Vaccine operations Central Provinces 1868-1885 - 1868-1885
Year: 1868
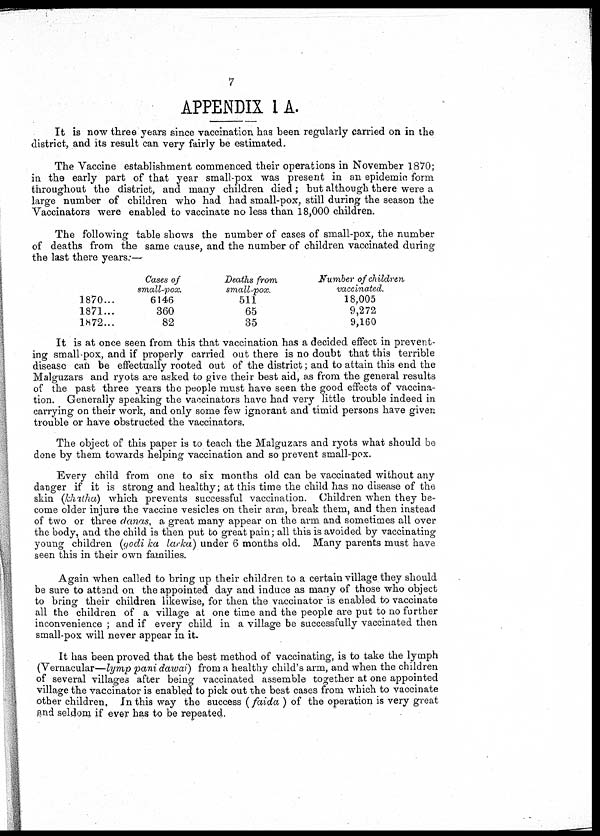
7
APPENDIX I A.
It is now three years since vaccination has been regularly carried on in the
district, and its result can very fairly be estimated.
The Vaccine establishment commenced their operations in November 1870;
in the early part of that year small-pox was present in an epidemic form
throughout the district, and many children died ; but although there were a
large number of children who had had small-pox, still during the season the
Vaccinators were enabled to vaccinate no less than 18,000 children.
The following table shows the number of cases of small-pox, the number
of deaths from the same cause, and the number of children vaccinated during
the last there years:—
1870...
1871...
1872...
Cases of
small-pox.
6146
360
82
Deaths from
small-pox.
511
65
35
Number of children
vaccinated.
18,005
9,272
9,160
It is at once seen from this that vaccination has a decided effect in prevent-
ing small-pox, and if properly carried out there is no doubt that this terrible
disease can be effectually rooted out of the district; and to attain this end the
Malguzars and ryots are asked to give their best aid, as from the general results
of the past three years the people must have seen the good effects of vaccina-
tion. Generally speaking the vaccinators have had very little trouble indeed in
carrying on their work, and only some few ignorant and timid persons have given
trouble or have obstructed the vaccinators.
The object of this paper is to teach the Malguzars and ryots what should be
done by them towards helping vaccination and so prevent small-pox.
Every child from one to six months old can be vaccinated without any
danger if it is strong and healthy; at this time the child has no disease of the
skin (khatha) which prevents successful vaccination. Children when they be-
come older injure the vaccine vesicles on their arm, break them, and then instead
of two or three danas, a great many appear on the arm and sometimes all over
the body, and the child is then put to great pain; all this is avoided by vaccinating
young children (godi ka larka) under 6 months old. Many parents must have
seen this in their own families.
Again when called to bring up their children to a certain village they should
be sure to attend on the appointed day and induce as many of those who object
to bring their children likewise, for then the vaccinator is enabled to vaccinate
all the children of a village at one time and the people are put to no further
inconvenience ; and if every child in a village be successfully vaccinated then
small-pox will never appear in it.
It has been proved that the best method of vaccinating, is to take the lymph
(Vernacular—lymp pani dawai) from a healthy child's arm, and when the children
of several villages after being vaccinated assemble together at one appointed
village the vaccinator is enabled to pick out the best cases from which to vaccinate
other children, In this way the success (faida ) of the operation is very great
and seldom if ever has to be repeated.